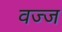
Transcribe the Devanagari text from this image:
वज्ज